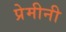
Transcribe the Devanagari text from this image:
प्रेमीनी